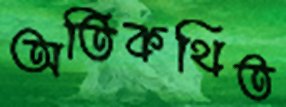
অতিকথিত